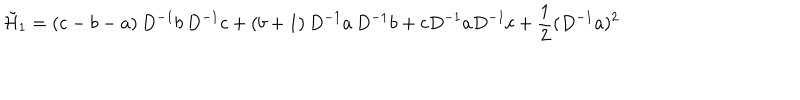
\tilde { { \cal H } } _ { 1 } = ( c - b - a ) \, D ^ { - 1 } b \, D ^ { - 1 } c + ( b + 1 ) \, D ^ { - 1 } a \, D ^ { - 1 } b + c D ^ { - 1 } a D ^ { - 1 } c + \frac { 1 } { 2 } ( D ^ { - 1 } a ) ^ { 2 }